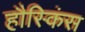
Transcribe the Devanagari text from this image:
हौस्किंस